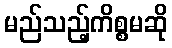
မည်သည့်ကိစ္စမဆို